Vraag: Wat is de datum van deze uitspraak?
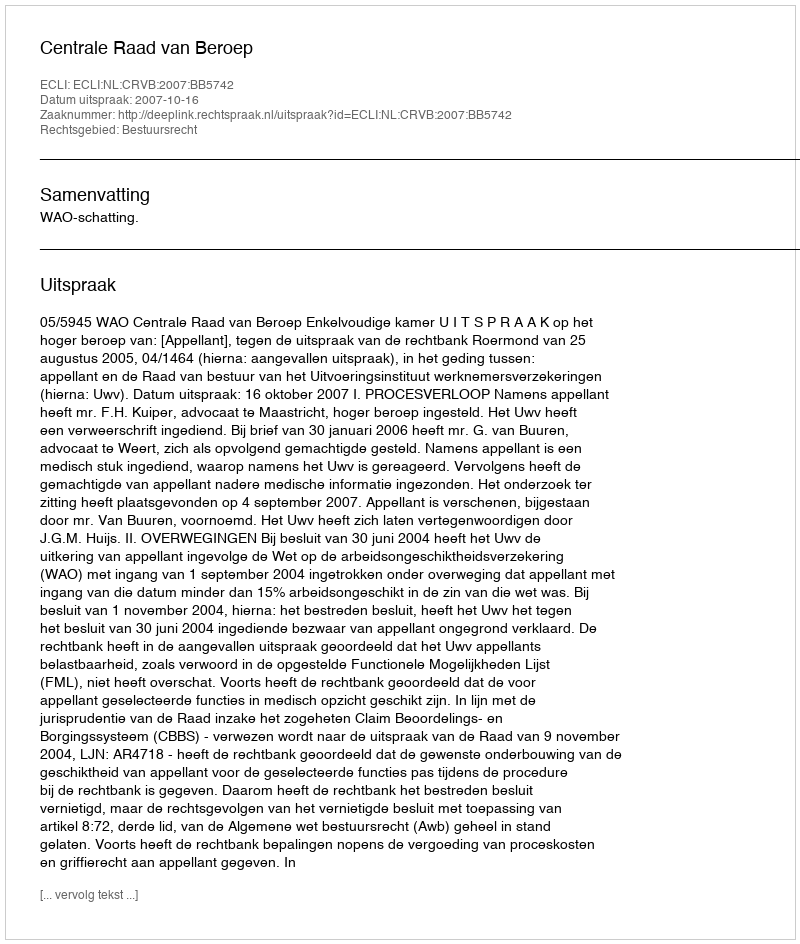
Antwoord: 2007-10-16